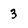
Character: 3